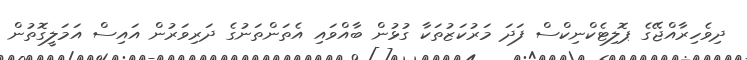
ދިވެހިރާއްޖޭގެ ޕޮލިޓެކްނިކްސް ފަދަ މަރުކަޒުތަކާ ގުޅުން ބާއްވައި އެތަންތަނުގެ ދަރިވަރުން އައިސް އަމަލީގޮތުން